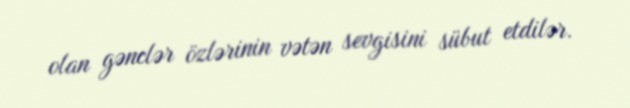
olan gənclər özlərinin vətən sevgisini sübut etdilər.